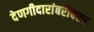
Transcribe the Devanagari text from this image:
देणगीदारांबरोबरच